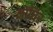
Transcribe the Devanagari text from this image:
मोंघिर